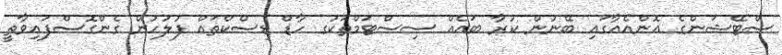
ސްޓޭޝަންގެ އޮންއެއާގައި ބޭނުން ކުރާ ބައެއް ސިސްޓަމްތަކުގ ހާޑް ޑިސްކްތައް ފުލުހުން ގެންގޮސްފައިވާތީ